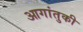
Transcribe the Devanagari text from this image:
आगांतुकी